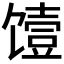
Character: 𮩞